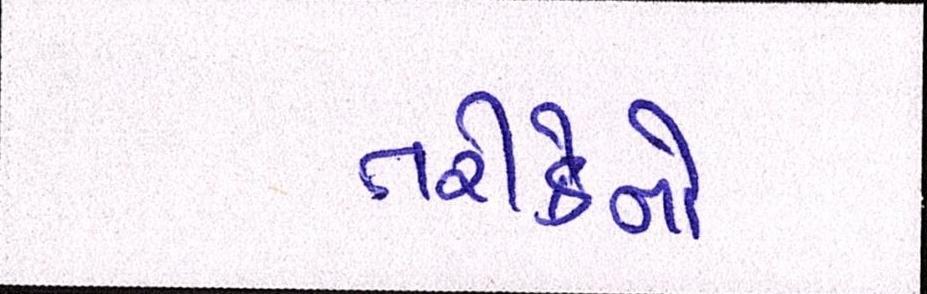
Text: તરીકેનો